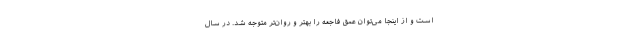
است و از اینجا می‌توان عمق فاجعه را بهتر و روان‌تر متوجه شد. در سال